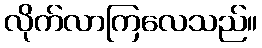
လိုက်လာကြလေသည်။